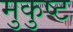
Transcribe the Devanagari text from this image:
मुकुष्ट